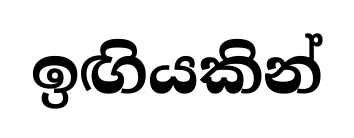
ඉඟියකින්